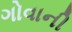
ગોવાની